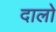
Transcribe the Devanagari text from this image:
दालो